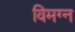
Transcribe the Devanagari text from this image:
विमग्न